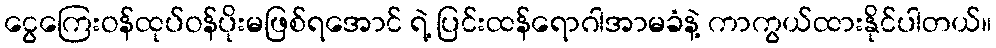
ငွေကြေးဝန်ထုပ်ဝန်ပိုးမဖြစ်ရအောင် ရဲ့ ပြင်းထန်ရောဂါအာမခံနဲ့ ကာကွယ်ထားနိုင်ပါတယ်။